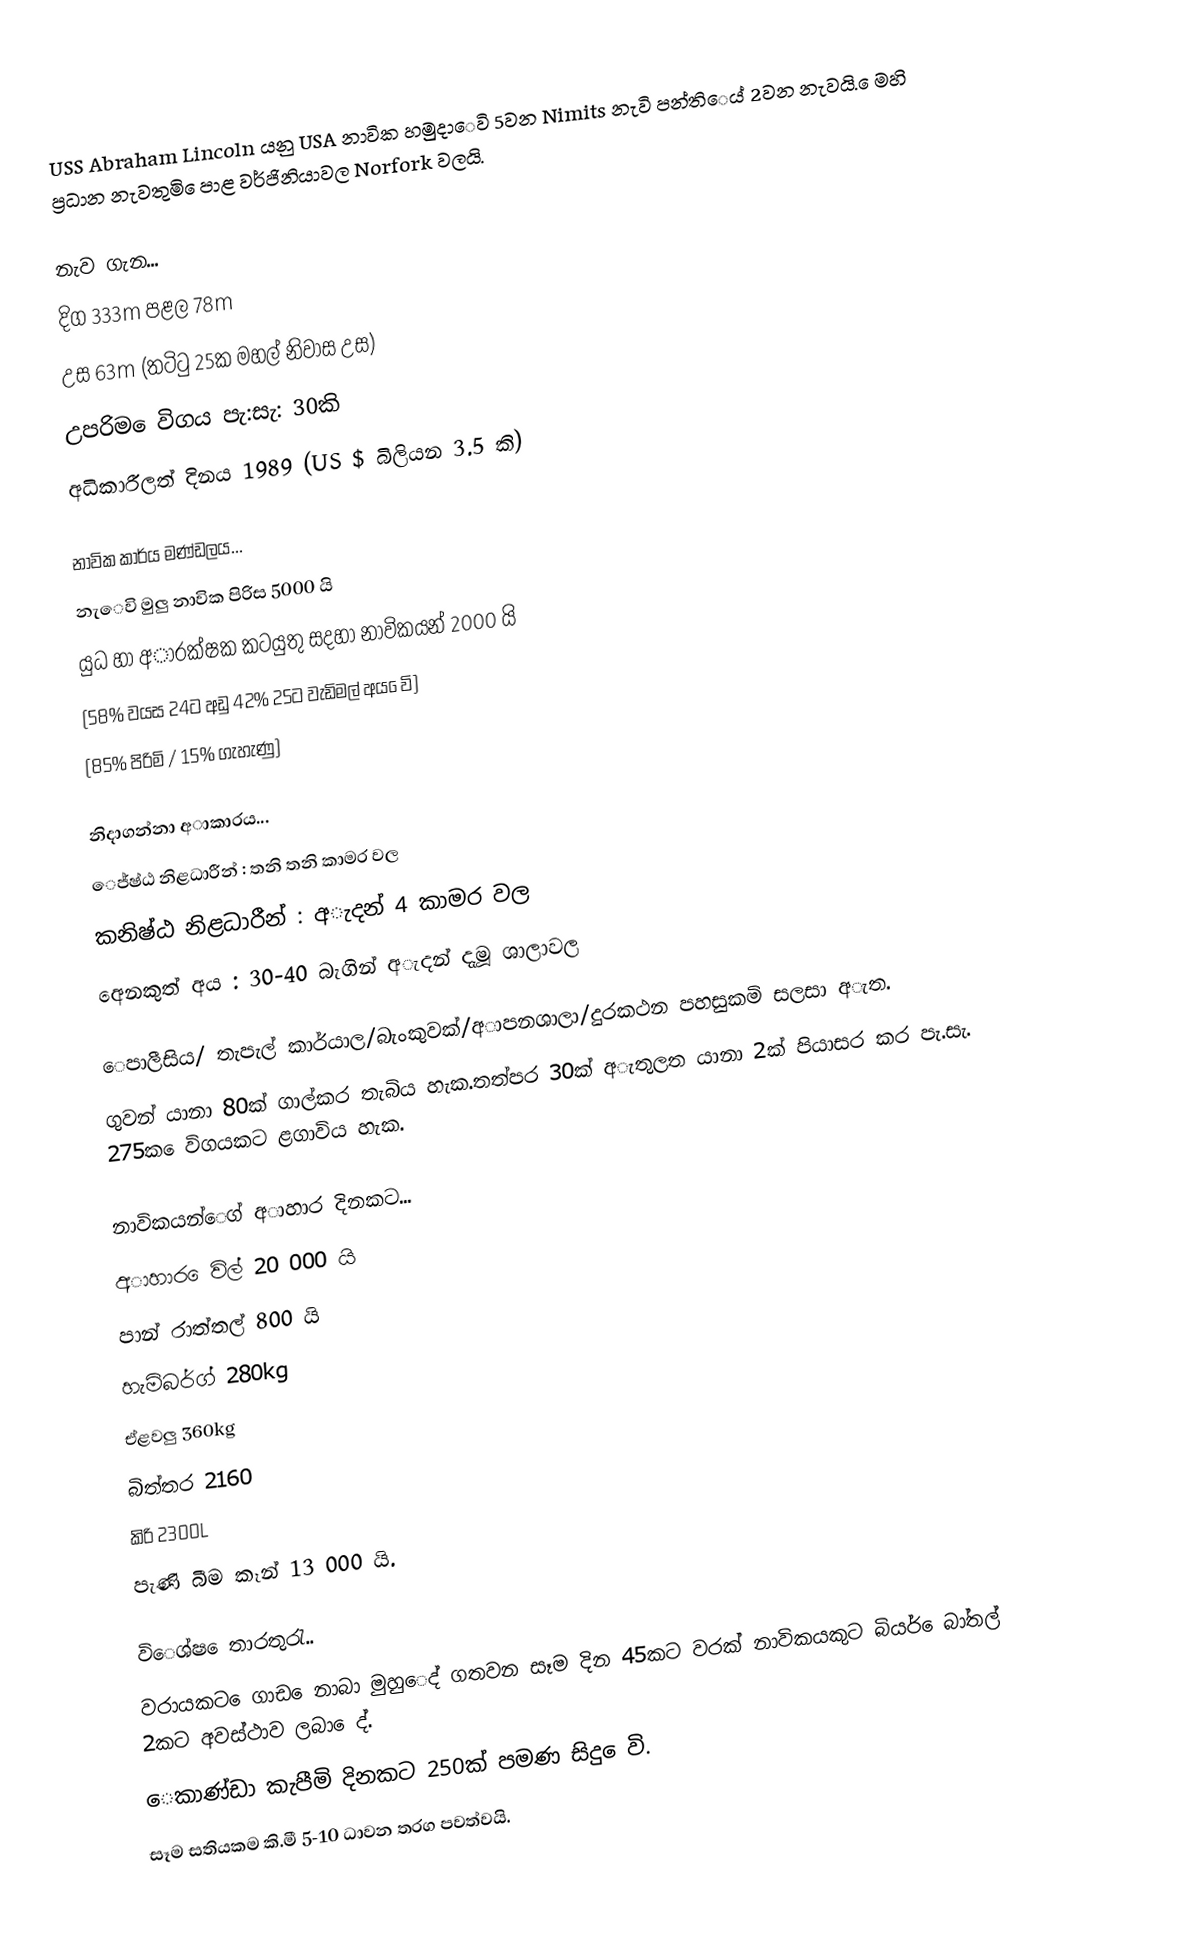
USS Abraham Lincoln යනු USA නාවික හමුදාෙවි 5වන Nimits නැවි පන්තිෙය් 2වන නැවයි. ෙමහි ප්‍රධාන නැවතුමි ෙපාළ වර්ජිනියාවල Norfork වලයි.

නැව ගැන...
දිග 333m පළල 78m
උස 63m (තටිටු 25ක මහල් නිවාස උස)
උපරිම ෙවිගය පැ:සැ: 30කි
අධිකාරීලත් දිනය 1989 (US $ බිලියන 3.5 කි)

නාවික කාර්ය මණ්ඩලය...
නැෙවි මුලු නාවික පිරිස 5000 යි
යුධ හා අාරක්ෂක කටයුතු සදහා නාවිකයන් 2000 යි
(58‍% වයස 24ට අඩු 42% 25ට වැඩිමල් අය ෙවි)
(85% පිරිමි ‍/ 15% ගැහැණු)

නිදාගන්නා අාකාරය...
ෙජ්ෂ්ඨ නිළධාරීන් ‍: තනි තනි කාමර වල
කනිෂ්ඨ නිළධාරීන් : අැදන් 4 කාමර වල
අෙනකුත් අය : 30-40 බැගින් අැදන් දැමූ ශාලාවල

ෙපාලීසිය/ තැපැල් කාර්යාල/බැංකුවක්/අාපනශාලා/දුරකථන පහසුකමි සලසා අැත.
ගුවන් යානා 80ක් ගාල්කර තැබිය හැක.තත්පර 30ක් අැතුලත යානා 2ක් පියාසර කර පැ.සැ. 275ක ෙවිගයකට ළගාවිය හැක.

නාවිකයන්ෙග් අාහාර දිනකට...
අාහාර ෙවිල් 20 000 යි
පාන් රාත්තල් 800 යි
හැමිබර්ග් 280kg
ඒළවලු 360kg
බිත්තර 2160
කිරි 2300L
පැණි බීම කෑන් 13 000 යි.

විෙශ්ෂ ෙතාරතුරැ..
වරායකට ෙගාඩ ෙනාබා මුහුෙද් ගතවන සෑම දින 45කට වරක් නාවිකයකුට බියර් ෙබා්තල් 2කට අවස්ථාව ලබා ෙද්.
ෙකාණ්ඩා කැපීමි දිනකට 250ක් පමණ සිදු ෙවි.
සෑම සතියකම කි.මී 5-10 ධාවන තරග පවත්වයි.